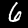
Digit: 6